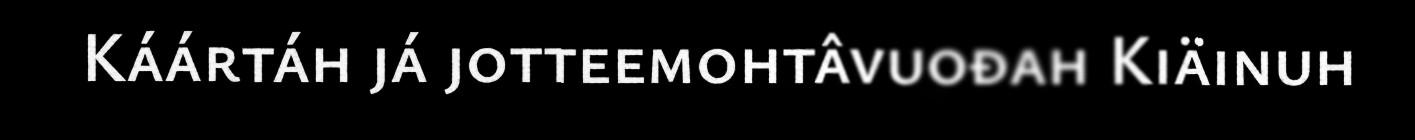
Káártáh já jotteemohtâvuođah Kiäinuh